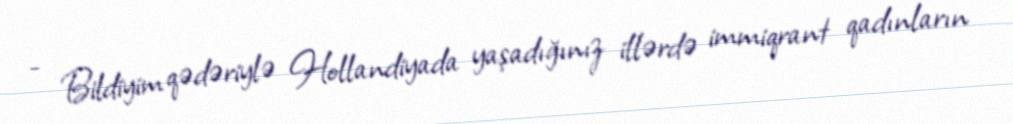
- Bildiyim qədəriylə Hollandiyada yaşadığınız illərdə immiqrant qadınların